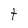
Character: t